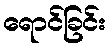
ရောင်ခြင်း